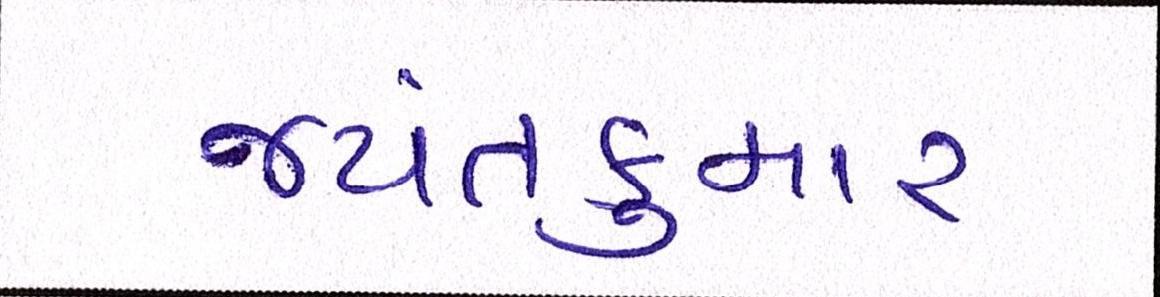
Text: જયંતકુમાર